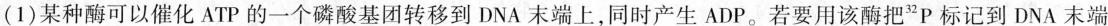
(1)某种酶可以催化ATP的一个磷酸基团转移到DNA末端上，同时产生ADP。若要用该酶把^{32}P标记到DNA末端